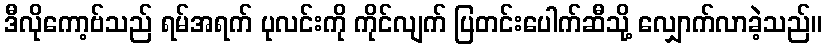
ဒီလိုကော့ဗ်သည် ရမ်အရက် ပုလင်းကို ကိုင်လျက် ပြတင်းပေါက်ဆီသို့ လျှောက်လာခဲ့သည်။